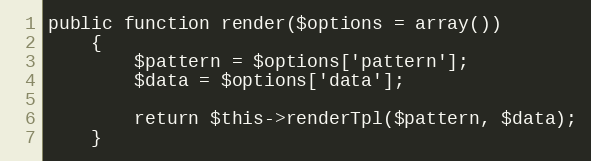
Language: PHP
public function render($options = array())
    {
        $pattern = $options['pattern'];
        $data = $options['data'];

        return $this->renderTpl($pattern, $data);
    }